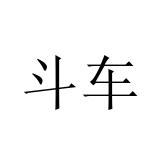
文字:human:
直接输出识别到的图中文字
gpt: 斗车